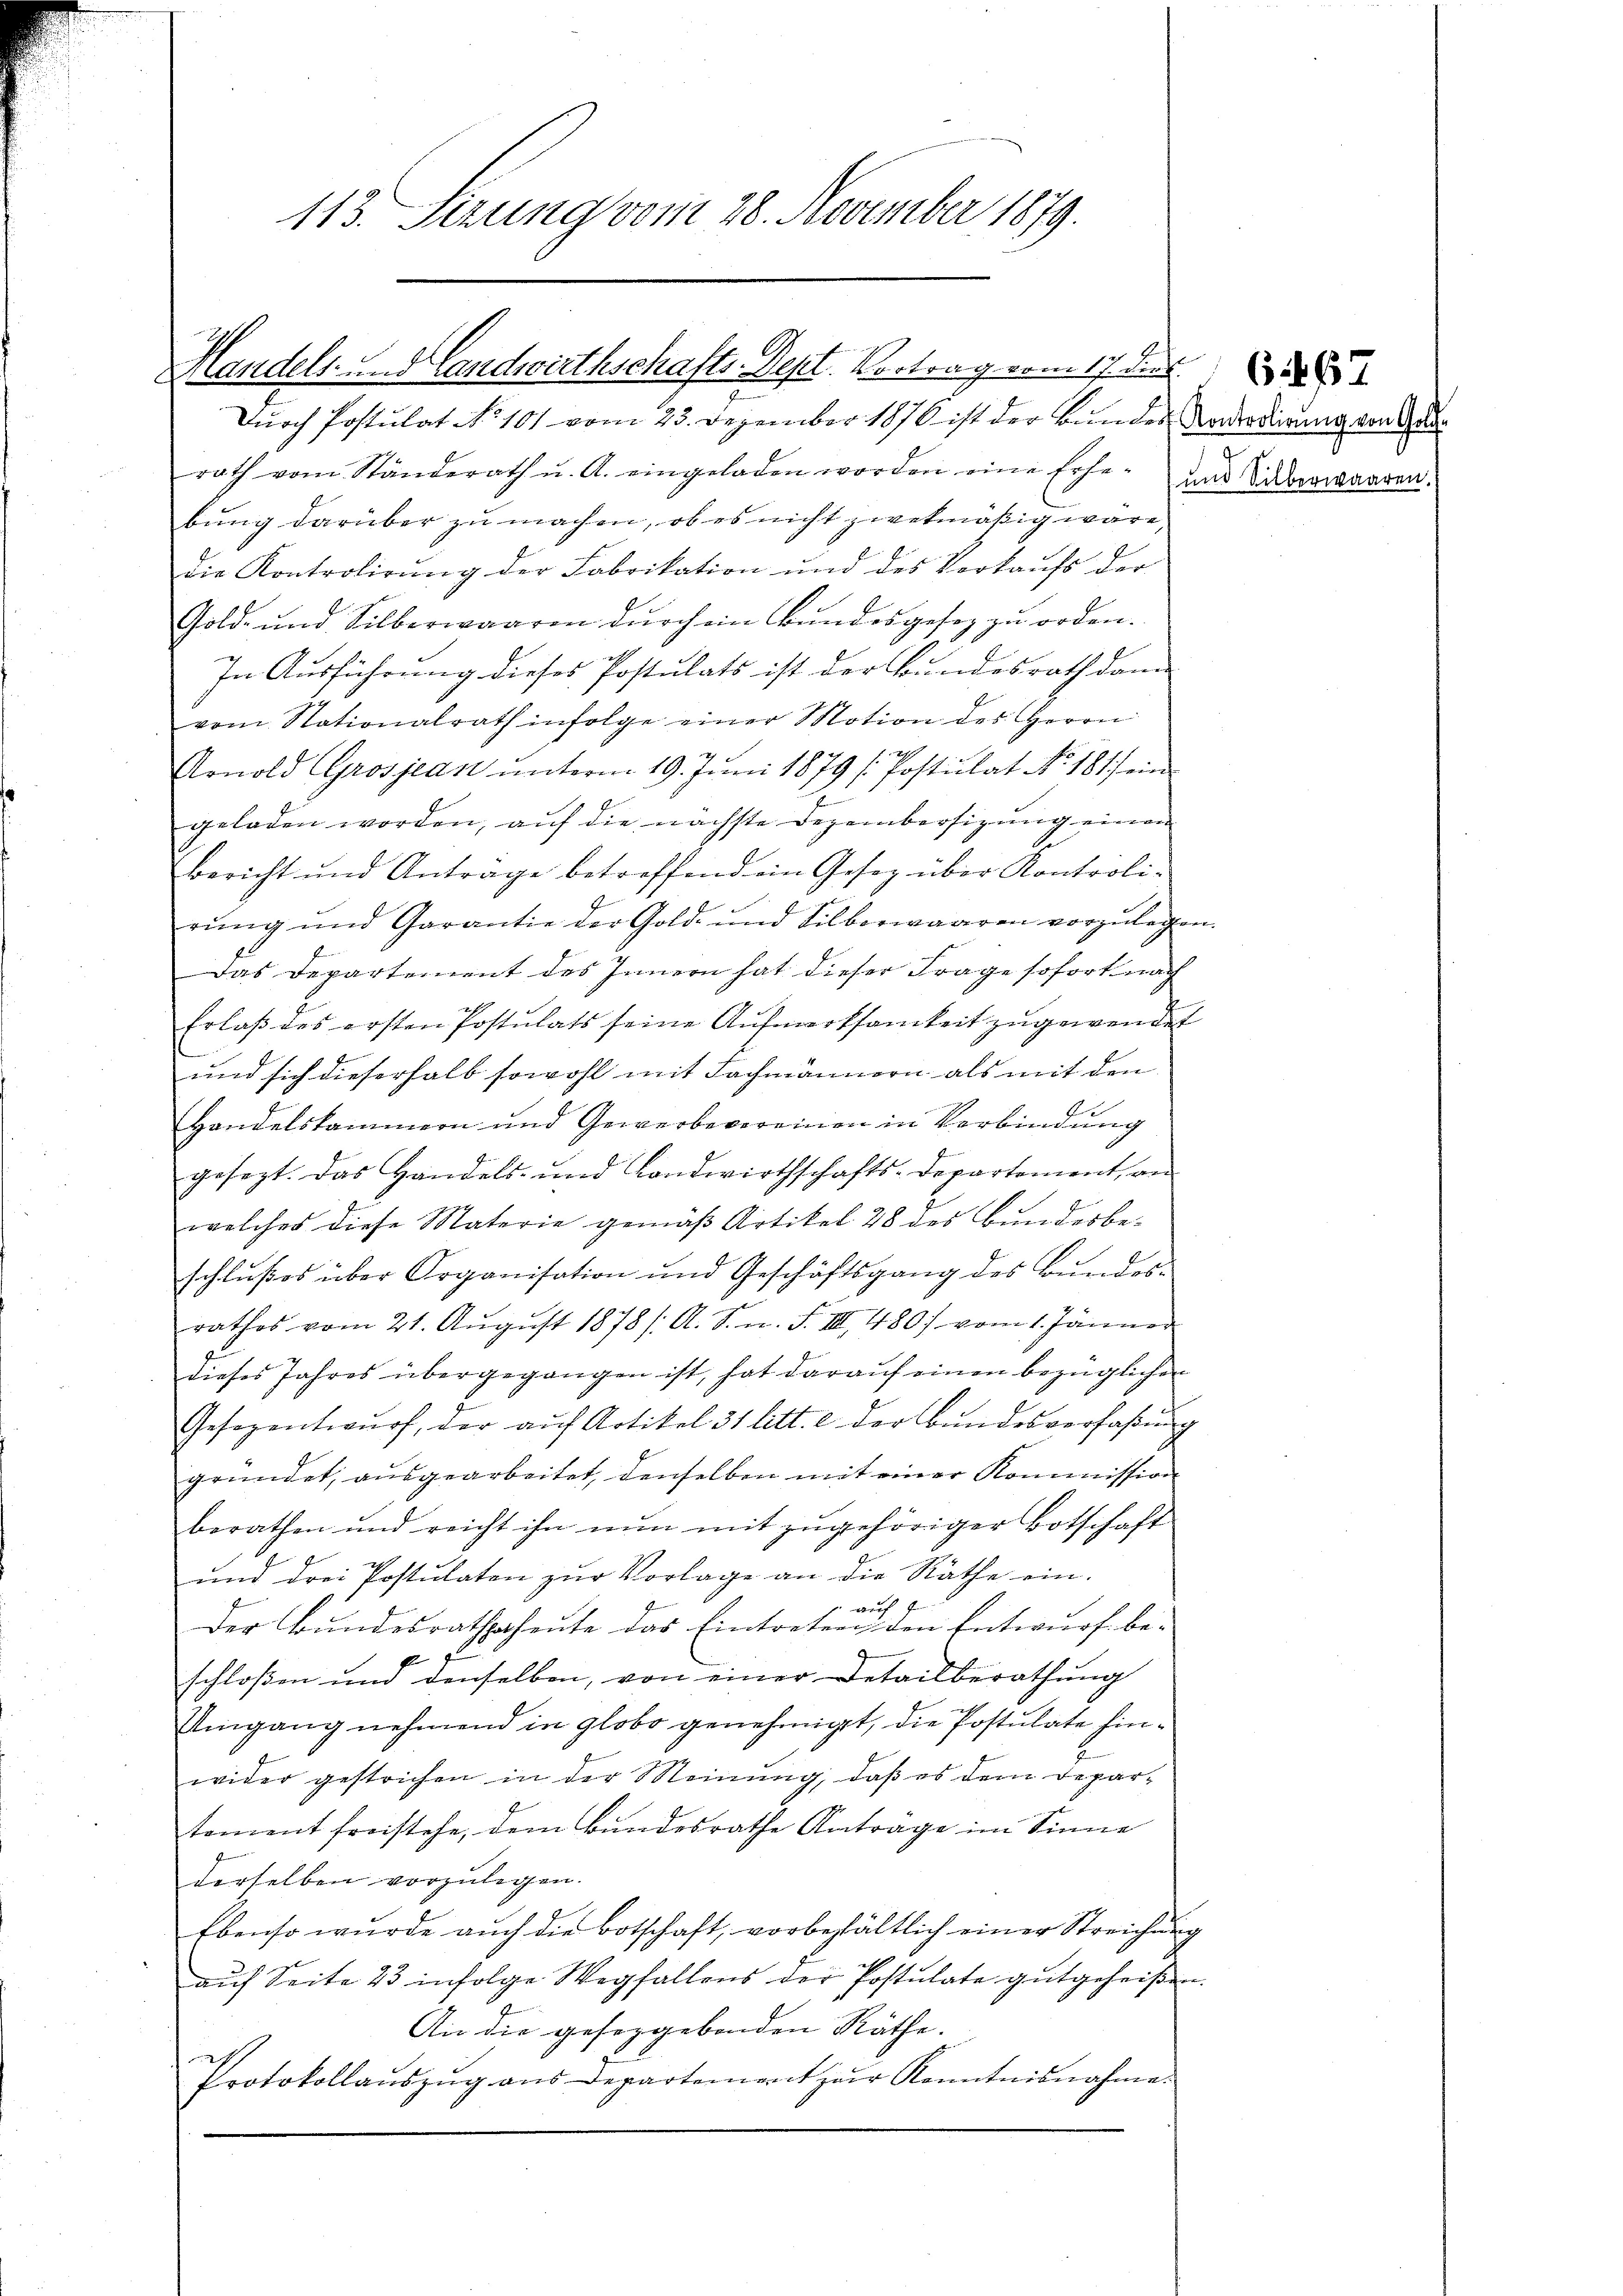
113. Sezung vom 28. November 1879.

Handels- und Landwirthschafts-Sept. Vortrag vom 17. Der

Durch Postulat No 101 vom 23. Dezember 1876 ist der Bundes Verorderung von d
rath vom Ständerath u. A. eingeladen worden eine Erhe-
bung darüber zu machen, ob es nicht zwekmäßig wäre,
die Kontrolirŭng der Fabrikation und des Verkaŭfs der
Gold- und Silberwaaren dŭrch ein Bŭndesgesez zu orden.
In Ausführung dieses Postulats ist der Bundesrath dann
vom Stationalrath infolge einer Motion des Herrn
h
Arnold Grosjean ŭnterm 19. Jŭni 1879 / Postulat No. 181) ein
geladen worden, aŭf die nächste Dezembersizŭng einen
Bericht und Antrage betreffend ein Gesez über Kontroli-
rung und Garantie der Gold- und Silberwaaren vorzulegen.
Das Departement des Innern hat dieser Frage sofort nach
h
Erlaß des ersten Postulats seine Aufmerksamkeit zugewendet
und sich dieserhalb sowohl mit Fachmännern als mit den
Handelskammern und Gewerbevereinen in Verbindung
gesezt. Das Handels- und Landwirthschafts-Departement, an
welches diese Materie gemäß Artikel 28 des Bundesbeschlŭβes über Organisation und Geschäftsgang des Bŭndes-
rathes vom 21. Aŭgŭst 1878/. A. S. n. F. III 480) vom 1. Jänner
dieses Jahres übergegangen ist, hat daraŭf einen bezüglichen
Gesezentwŭrf, der aŭf Artikel 31 litt. c der Bŭndesverfaßung
gründet, ausgearbeitet, denselben mit einer Kommission
berathen und reicht ihn nun mit zugehöriger Botschaft
und drei Postulaten zur Vorlage an die Räthe ein.
auch
Der Bundesrathsaheute das Eintreten den Entwurf be-
schloßen und denselben, von einer Detailberathung
Umgang nehmend in globo genehmigt, die Postulate hinwider gestrichen in der Meinung, daß es dem Depar-
toment freistehe, dem Bundesrathe Anträge im Sinne
derselben vorzulegen.
Ebenso wurde auch die Botschaft, vorbehältlich einer Streichung
aŭf Seite 23 infolge Wegfallens der Postulate gutgeheißen.
An die geseggebenden Räthe.
Protokollaŭszŭg ans Departement zur Kenntnisnahme.

e
und Silberwaaren.